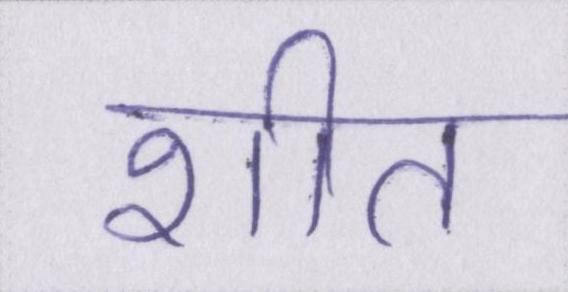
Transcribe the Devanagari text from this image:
शीत